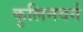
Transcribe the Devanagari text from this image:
कुलिनवर्ग